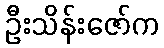
ဦးသိန်းဇော်က